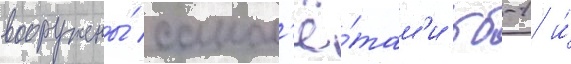
вооружены́ самол'ё́там'и тб-1 и́